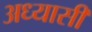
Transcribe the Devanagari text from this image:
अध्यासी